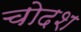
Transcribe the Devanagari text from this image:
चोदश